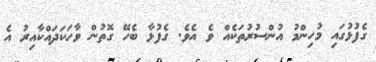
ގެފުޅުގައި މުހިންމު އުންސުރުތަކެއް ވެ އެވެ. ގެފުޅާ ބެހޭ ގޮތުން ވާހަކަދައްކާއިރު އެ